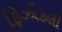
ફિઝીકલી